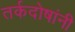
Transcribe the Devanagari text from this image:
तर्कदोषांनी